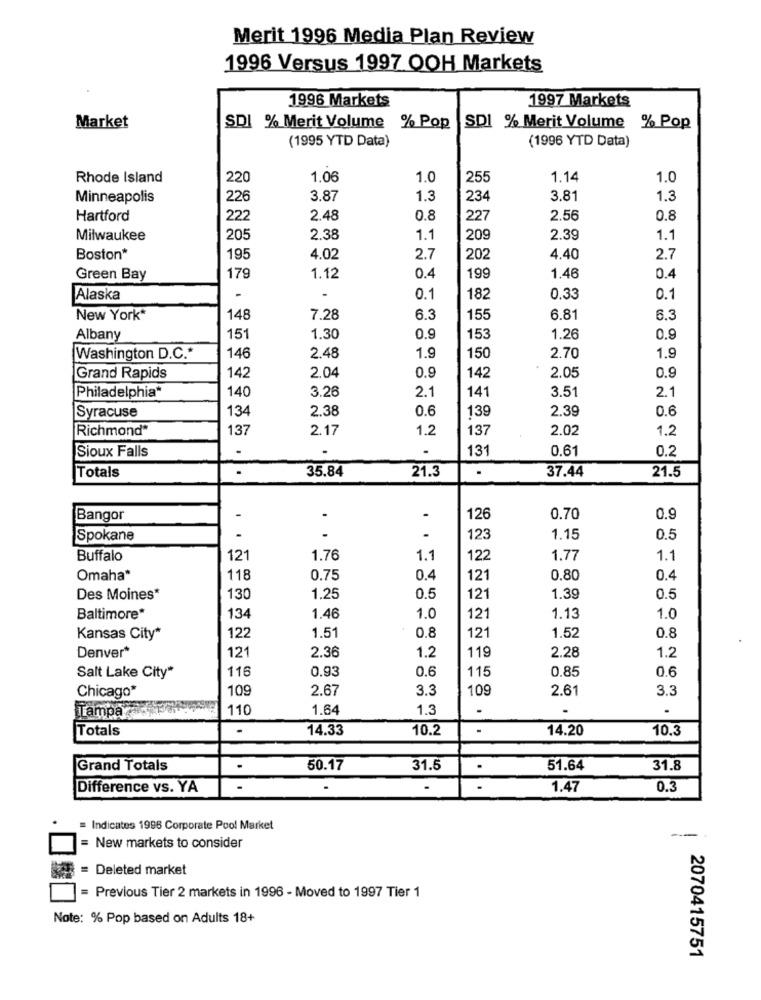
Merit 1996 Media Plan Review
1996 Versus 1997 OOH Markets
1996 Markets
1997 Markets
Market
SDI % Merit Volume % Pop
SDI % Merit Volume % Pop
(1995 YTD Data)
(1996 YTD Data)
Rhode Island
220
1,06
1.0
255
1.14
1.0
Minneapolis
226
3.87
1.3
234
3.81
1.3
Hartford
222
2.48
0.8
227
2.56
0.8
Milwaukee
205
2.38
1.1
209
2.39
1.1
Boston*
195
4.02
2.7
202
4.40
2.7
Green Bay
179
1.12
0.4
199
1.46
0.4
Alaska
-
0.1
182
0.33
0.1
New York*
148
7.28
6.3
155
6.81
6.3
Albany
15
1.30
0.9
153
1.26
0.9
1.9
Washington D.C .*
146
2.48
1.9
150
2.70
2.04
0.9
0.9
Grand Rapids
142
142
2.05
Philadelphia*
140
3.26
2.1
141
3.51
2.1
Syracuse
134
2.38
0.6
139
2.39
0.6
Richmond*
137
2.17
1.2
137
2.02
1.2
Sioux Falls
.
.
131
0.61
0.2
.
35.84
21.3
.
37.44
Totals
21.5
Bangor
.
126
0.70
0.9
Spokane
.
123
1.15
0.5
Buffalo
12
1.76
1.1
122
1.77
1.1
Omaha*
118
0.75
0.4
121
0.80
0.4
Des Moines*
130
1,25
0.5
121
1.39
0.5
Baltimore*
134
1.46
1.0
121
1.13
1.0
0.8
0.8
Kansas City*
122
1.51
121
1.52
Denver*
121
119
1.2
2.36
1.2
2.28
Salt Lake City"
116
0.93
0.6
115
0.85
0.6
Chicago*
109
2.67
3.3
109
2.61
3.3
Tampa
110
1.64
1.3
.
Totals
.
14.33
10.2
14.20
10.3
Grand Totals
50.17
31.5
.
51.64
31.8
Difference vs. YA
1.47
0.3
= Indicates 1996 Corporate Pool Market
--
= New markets to consider
= Deleted market
= Previous Tier 2 markets in 1996 - Moved to 1997 Tier 1
Note: % Pop based on Adults 18+
2070415751